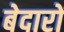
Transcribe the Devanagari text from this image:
बेदारों